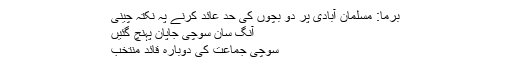
برما: مسلمان آبادی پر دو بچوں کی حد عائد کرنے پہ نکتہ چینی
آنگ سان سوچی جاپان پہنچ گئیں
سوچی جماعت کی دوبارہ قائد منتخب